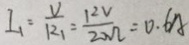
I _ { 1 } = \frac { V } { R _ { 1 } } = \frac { 1 2 V } { 2 0 \Omega } = 0 . 6 A